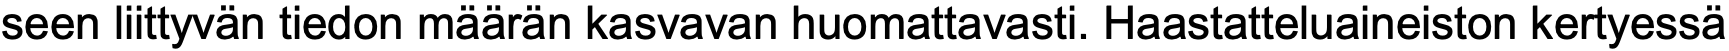
seen liittyvän tiedon määrän kasvavan huomattavasti. Haastatteluaineiston kertyessä